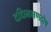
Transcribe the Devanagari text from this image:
दधिभक्षणदोष